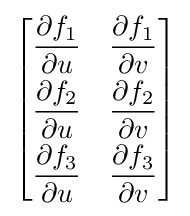
{\begin{bmatrix}{\dfrac {\partial f_{1}}{\partial u}}&{\dfrac {\partial f_{1}}{\partial v}}\\[6pt]{\dfrac {\partial f_{2}}{\partial u}}&{\dfrac {\partial f_{2}}{\partial v}}\\[6pt]{\dfrac {\partial f_{3}}{\partial u}}&{\dfrac {\partial f_{3}}{\partial v}}\end{bmatrix}}